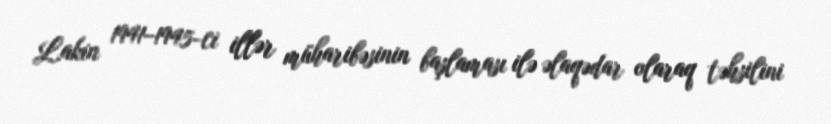
Lakin 1941–1945-ci illər müharibəsinin başlaması ilə əlaqədar olaraq təhsilini